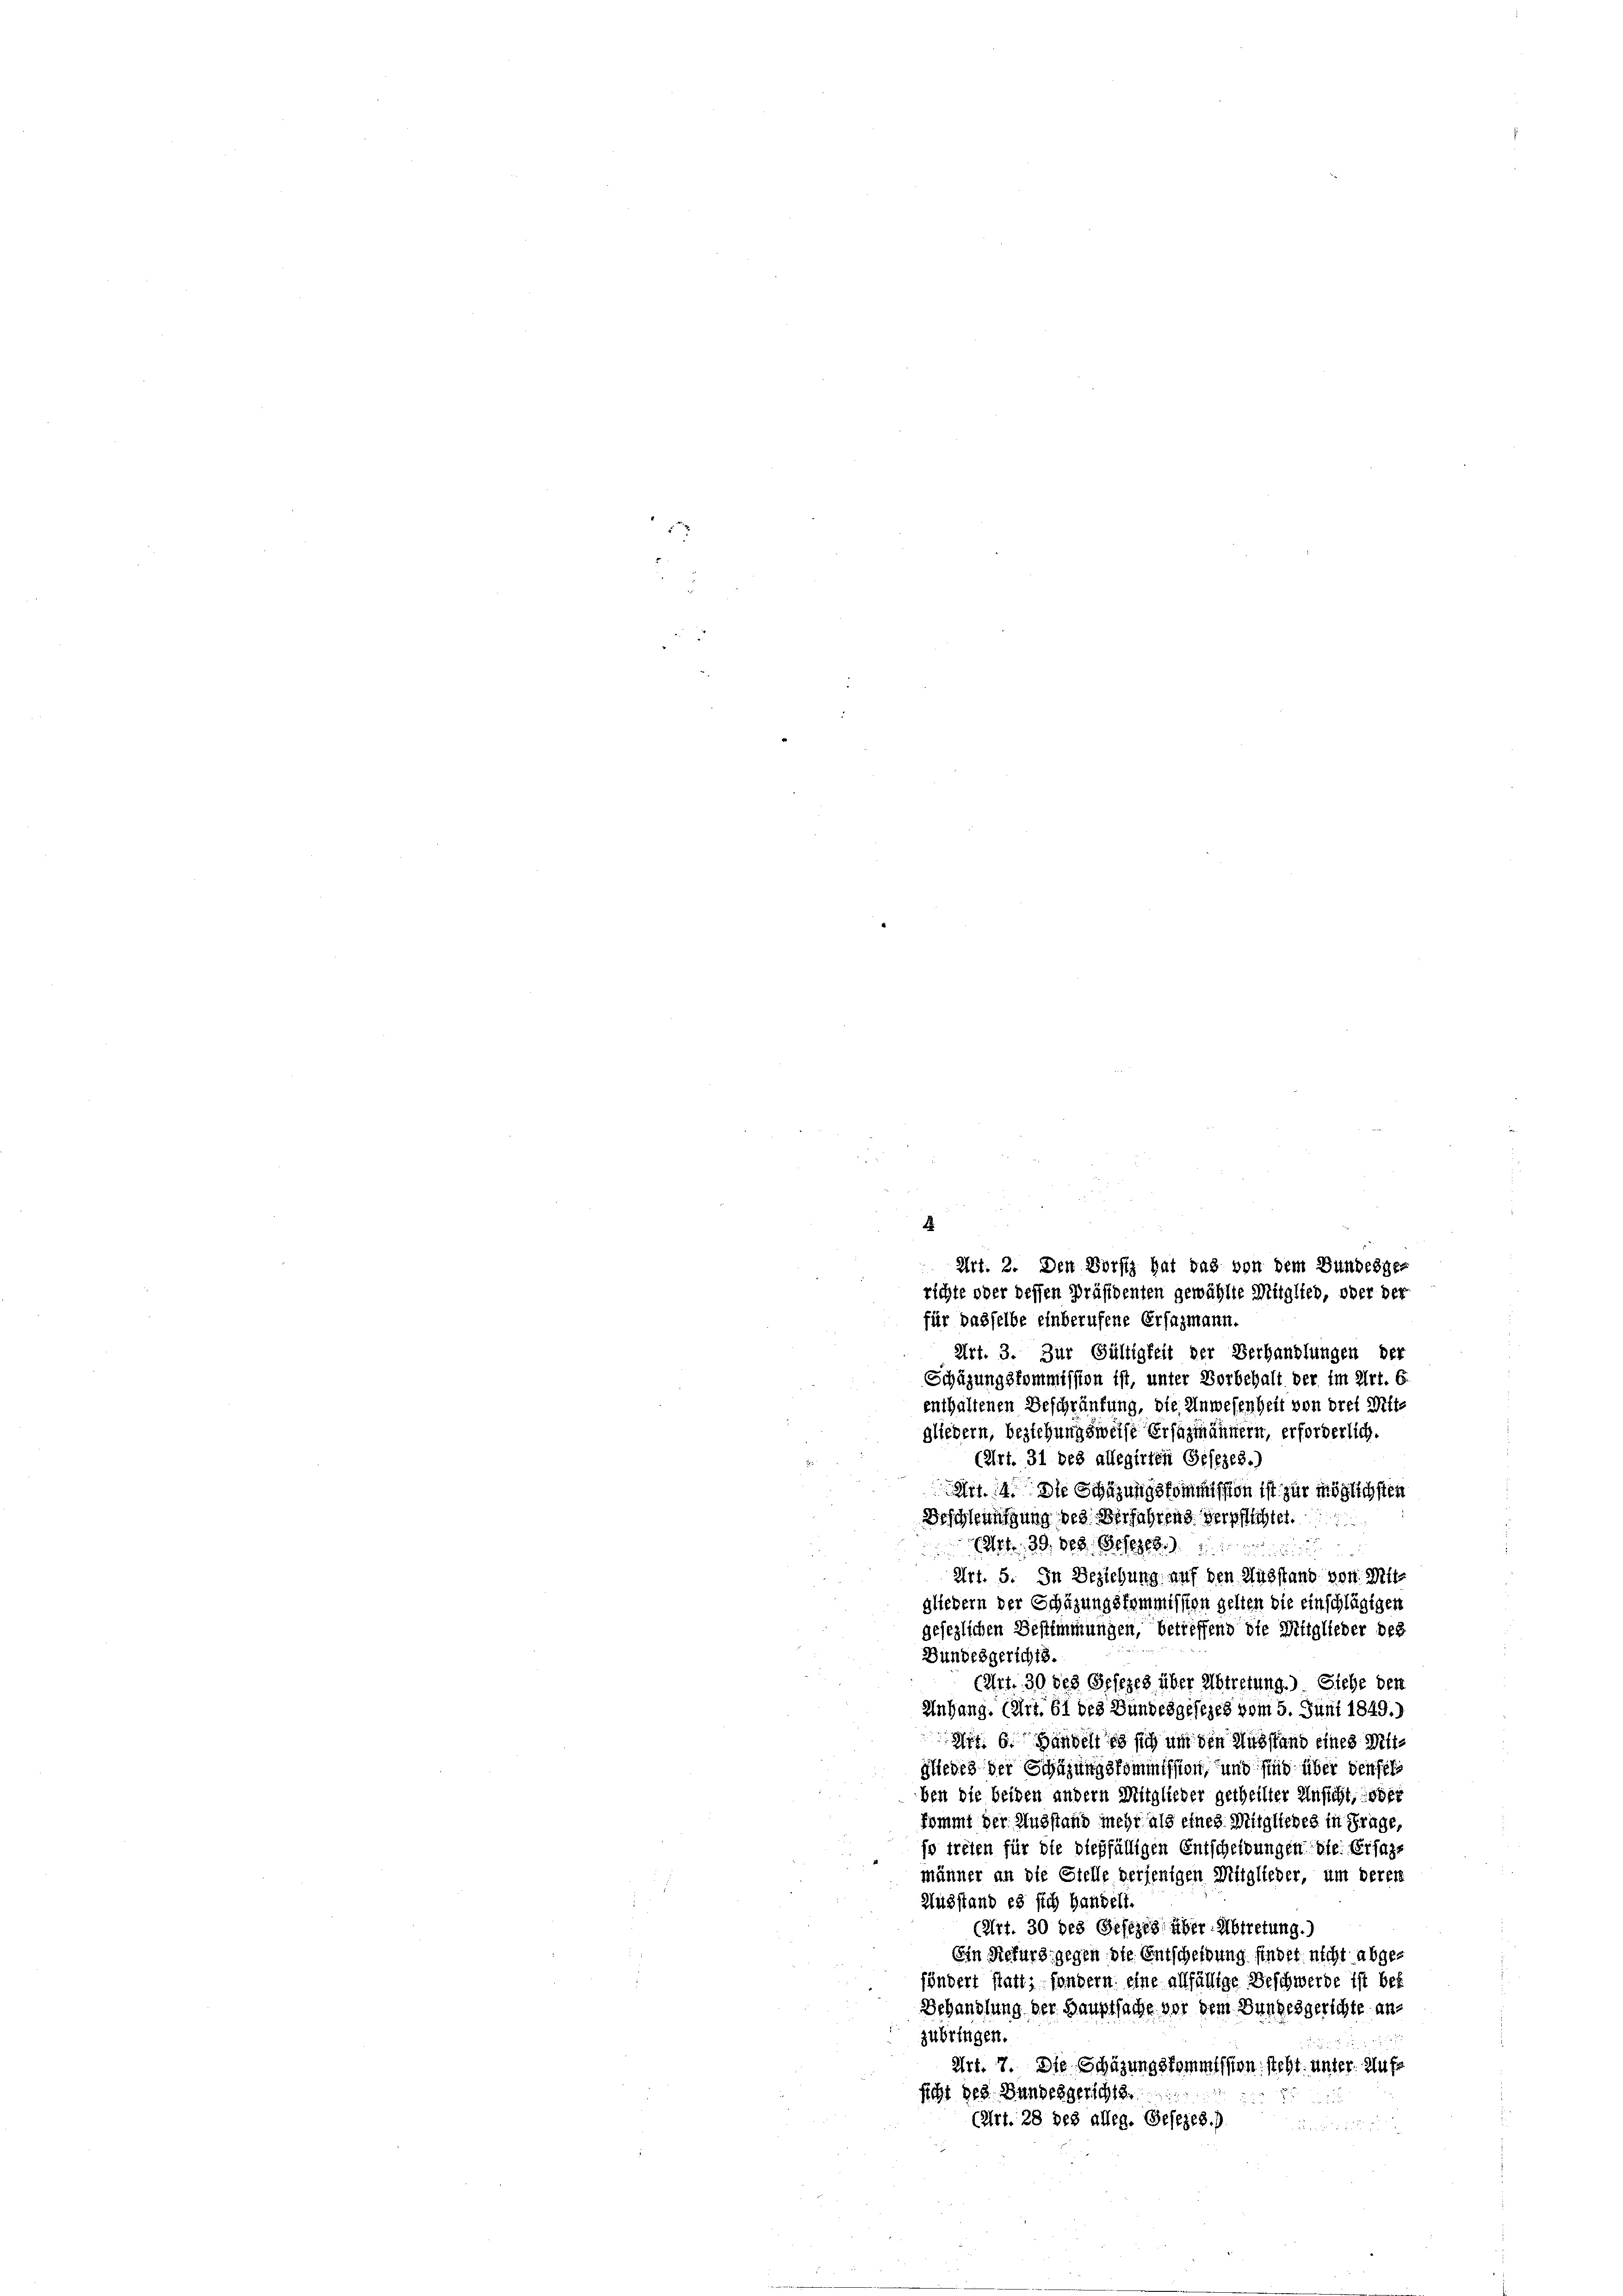
für dasselbe einberufene Ersazmann.
Art. 3. Zur Gültigkeit der Verhandlungen der
Schüzungskommission ist, unter Vorbehalt der im Art. 6
enthaltenen Beschränkung, die Anwesenheit von drei Mitgliedern, beziehungsweise Erfazmännern, erforderlich.
(Art. 31 des allegirten Gesezes.)
Art. 14. Die Schazungskommission ist zur möglichsten
Beschleunigung des Verfahrend Verpflichtet.
fr. 29. 308. Befehlt
Art. 5. In Beziehung auf den Ausstand von Mitd
gliedern der Schäzungskommission gelten die einschlägigen
gesezlichen Bestimmungen, betreffend die Mitglieder des
Bundesgerichts.
(Art. 30 des Gesezes über Abtretung.). Siehe den
Anhang. (Art. 61 des Bundesgesezes vom 5. Juni 1849.)
Art. 6. Handelt es sich um den Ausstand eines Mitgliedes der Schüzungskommission, und sind über den fes
ben die beiden andern Mitglieder getheilter Unsicht, oder
kommt der Ausstand mehr als eines Mitgliedes in Grüge,
so treten für die dießfälligen Entscheidungen die Ersage
männer an die Stelle verjenigen Mitglieder, um deren
Ausstand es sich handelt.
(Art. 30 des Gesezes über Abtretung.)
Ein Refurs gegen die Entscheidung finder nicht abgefändert statt; sondern eine allfällige Beschwerde ist bet
Behandlung der Hauptsache vor dem Bundesgerichte an-
zubringen.
Art. 7. Die Schazungskommission steht, unter Aufe
sicht des Bundesgerichts
222 x 2
(Art. 28 des alleg. Gesezes.)

F
Art. 2. Den Borftz hat das von dem Bundesge-
richte oder dessen Präsidenten gewählte Mitglieb, oder der